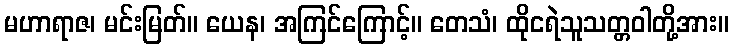
မဟာရာဇ၊ မင်းမြတ်။ ယေန၊ အကြင်ကြောင့်။ တေသံ၊ ထိုငရဲသူသတ္တဝါတို့အား။